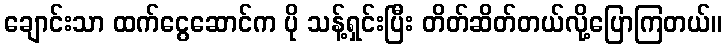
ချောင်းသာ ထက်ငွေဆောင်က ပို သန့်ရှင်းပြီး တိတ်ဆိတ်တယ်လို့ပြောကြတယ်။